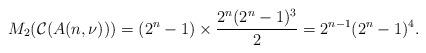
LaTeX: \begin{align*}M_{2}(\mathcal{C}(A(n,\nu)))=(2^{n}-1) \times \dfrac{2^{n}(2^{n}-1)^{3}}{2}=2^{n-1}(2^{n}-1)^{4}.\end{align*}